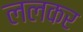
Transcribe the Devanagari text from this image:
ललकर